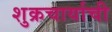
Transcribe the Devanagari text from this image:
शुक्रचार्याची